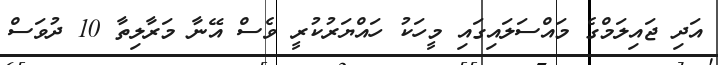
އަދި ޖައިލަމްގެ މައްސަލައިގައި މީހަކު ހައްޔަރުކުރީ ވެސް އޭނާ މަރާލިތާ 10 ދުވަސް